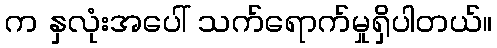
က နှလုံးအပေါ် သက်ရောက်မှုရှိပါတယ်။